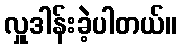
လှူဒါန်းခဲ့ပါတယ်။